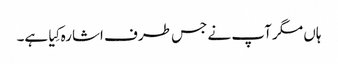
ہاں مگر آپ نے جس طرف اشارہ کِیا ہے۔